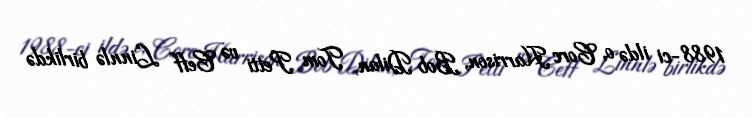
1988-ci ildə o, Corc Harrison, Bob Dilan, Tom Petti və Ceff Linnlə birlikdə